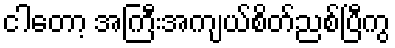
ငါတော့ အကြီးအကျယ်စိတ်ညစ်ပြီကွ